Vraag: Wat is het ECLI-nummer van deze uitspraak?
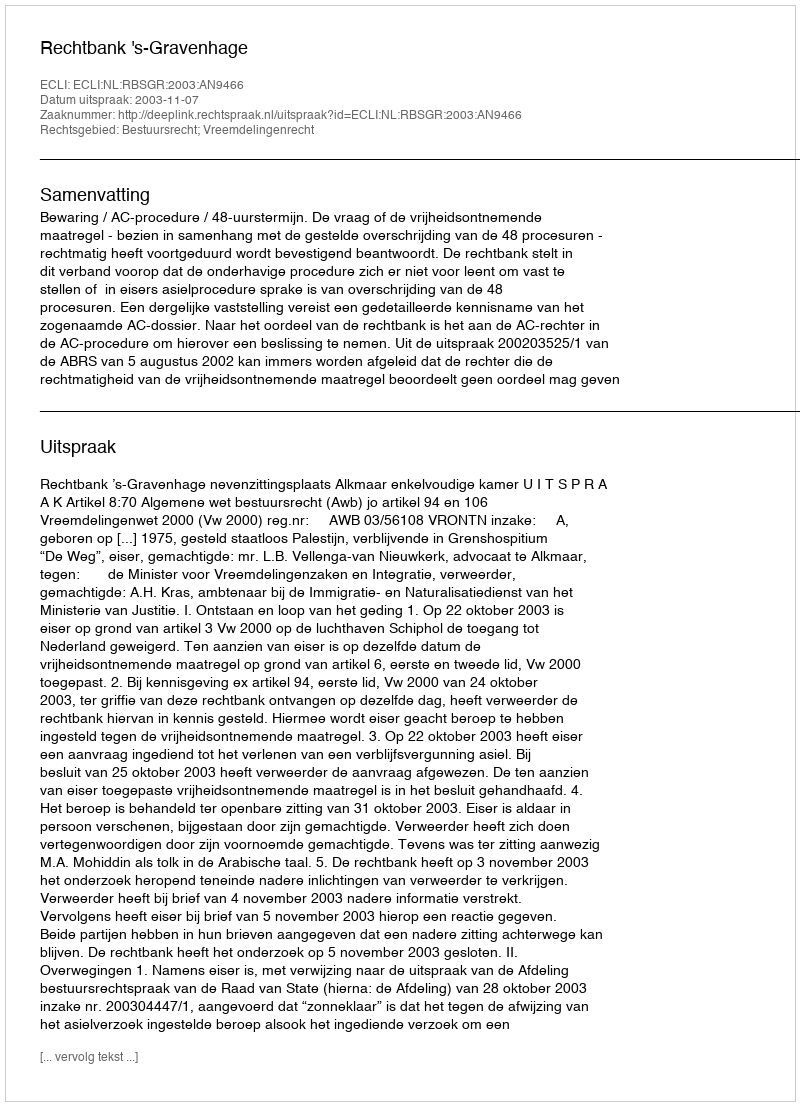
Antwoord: ECLI:NL:RBSGR:2003:AN9466